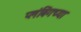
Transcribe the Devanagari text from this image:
प्लंबिंगच्या